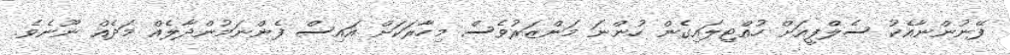
ފޭނުންނާއެކު ސެލްފީއަށް ހުއްޓިލައިގެން ހުންނަ މަންޒަރުވެސް މިހާރަކަށް އައިސް ފެންނަމުންދާލެއް މަދެއް ނޫނެވެ.